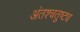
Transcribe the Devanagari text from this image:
अंतश्चतुष्ट्य